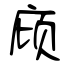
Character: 庼